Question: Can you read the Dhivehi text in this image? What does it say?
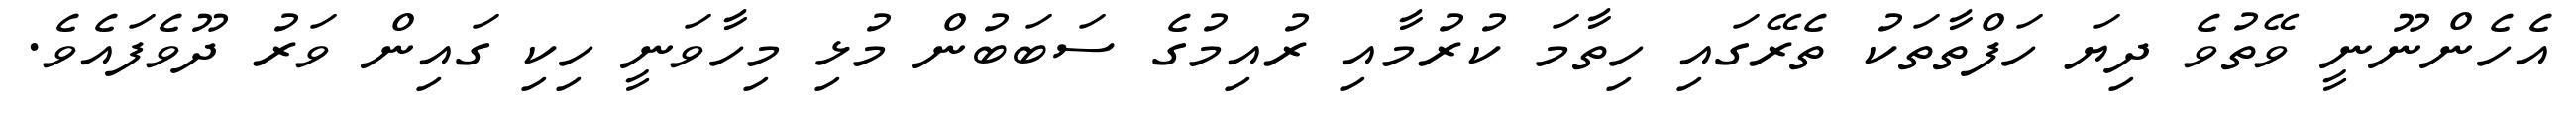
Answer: އެހެންނޫނީ ވޭތުވެ ދިޔަ ހަފްތާތަކު ތެރޭގައި ހިތާމަ ކުރުމާއި ރުއިމުގެ ސަބަބުން މުޅި މިހާވަނީ ހިކި ގައިން ވަރު ދޫވެފައެވެ.